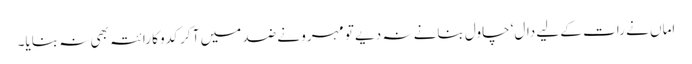
اماں نے رات کے لیے دال‘ چاول بنانے نہ دیے تو مہرو نے ضد میں آ کر کدو کا رائتہ بھی نہ بنایا۔